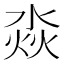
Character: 𣶷